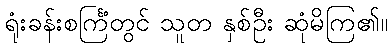
ရုံးခန်းစင်္ကြံတွင် သူတ နှစ်ဦး ဆုံမိကြ၏။